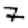
Digit: 7